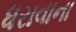
ધરાવાના